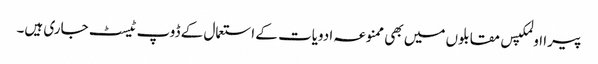
پیرا اولمکپس مقابلوں میں بھی ممنوعہ ادویات کے استعمال کے ڈوپ ٹیسٹ جاری ہیں۔